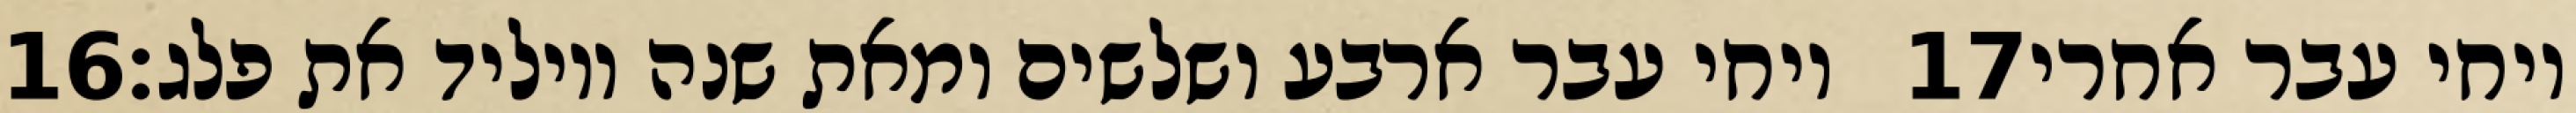
‎16‏ ויחי עבר ארבע ושלשים ומאת שנה ויוליד את פלג׃ ‎17‏ ויחי עבר אחרי